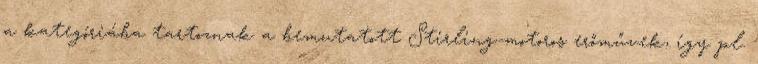
a kategóriába tartoznak a bemutatott Stirling-motoros erőművek, így pl.